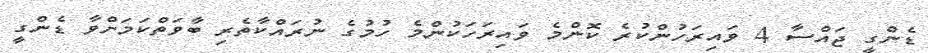
ޑެންގީ ޖައްސާ 4 ވައިރަހުންކުރެ ކޮންމެ ވައިރަހަކުންމެ ހުމުގެ ނުރައްކާތެރި ބާވަތްކަމަށްވާ ޑެންގީ